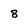
Character: 8